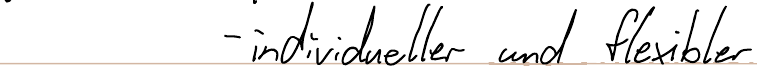
- individueller und flexibler